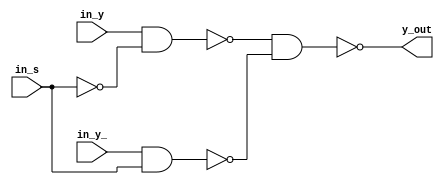
module MUX2X1_DATAFLOW(y_out,in_y,in_y_,in_s);
output y_out;
input in_y,in_y_,in_s;
assign y_out=~(~(in_y&~(in_s&in_s))&~(in_y_&in_s));

endmodule